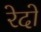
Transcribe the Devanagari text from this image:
रेदो